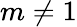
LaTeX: m\neq 1